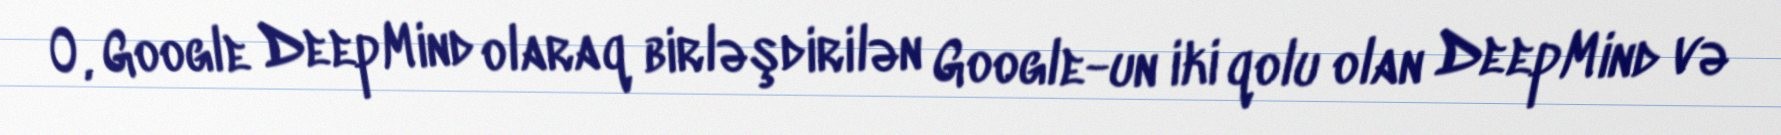
O, Google DeepMind olaraq birləşdirilən Google-un iki qolu olan DeepMind və